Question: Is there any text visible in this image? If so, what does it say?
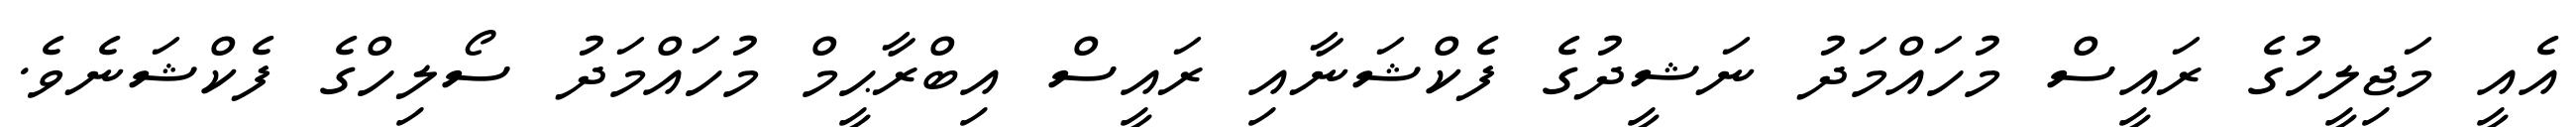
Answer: އެއީ މަޖިލީހުގެ ރައީސް މުހައްމަދު ނަޝީދުގެ ފެކްޝަނާއި ރައީސް އިބްރާޙީމް މުހައްމަދު ސޯލިހްގެ ފެކްޝަނެވެ.